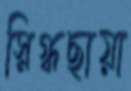
স্নিগ্ধছায়া